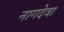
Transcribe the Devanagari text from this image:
नागदेवा